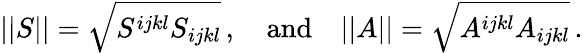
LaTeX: ||S||=\sqrt{S^{ijkl}S_{ijkl}}\, ,\quad\mathrm{and}\quad||A||=\sqrt{A^{ijkl}A_{ijkl}}\, .